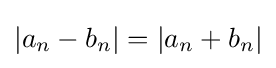
|a_{n}-b_{n}|=|a_{n}+b_{n}|